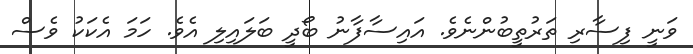
ވަނީ ފިސާރި ތަރުތީބުންނެވެ. އައިސާފާނު ބޯދީ ބަލައިލި އެވެ. ހަމަ އެކަކު ވެސް